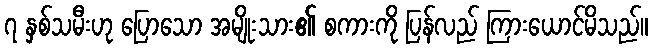
၇ နှစ်သမီးဟု ပြောသော အမျိုးသား၏ စကားကို ပြန်လည် ကြားယောင်မိသည်။